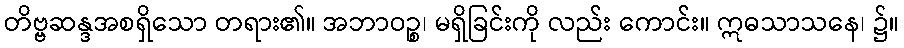
တိဗ္ဗဆန္ဒအစရှိသော တရား၏။ အဘာဝဉ္စ၊ မရှိခြင်းကို လည်း ကောင်း။ ဣဓသာသနေ၊ ၌။